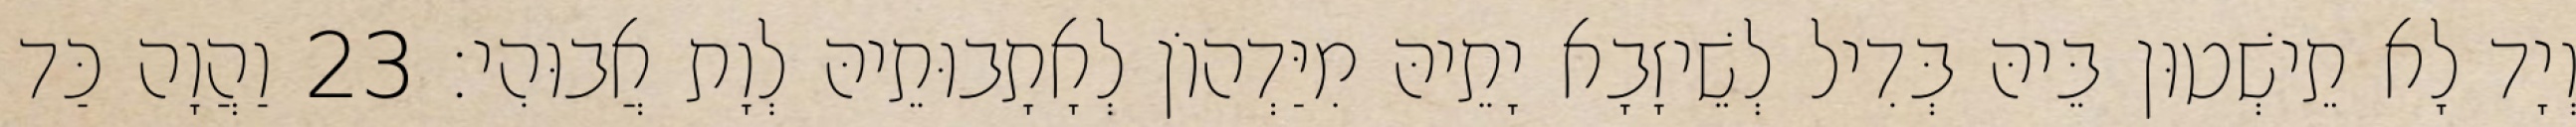
וְיָד לָא תֵישְׁטוּן בֵּיהּ בְּדִיל לְשֵׁיזָבָא יָתֵיהּ מִיַּדְהוֹן לְאָתָבוּתֵיהּ לְוָת אֲבוּהִי׃ 23 וַהֲוָה כַּד